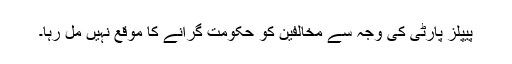
پیپلز پارٹی کی وجہ سے مخالفین کو حکومت گرانے کا موقع نہیں مل رہا۔